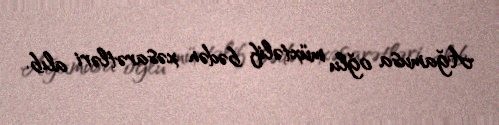
Ağamusa oğlu müxtəlif bədən xəsarətləri alıb.